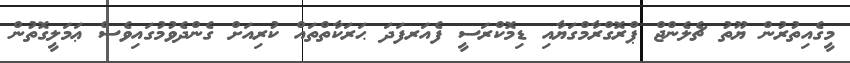
މީގެއިތުރުން ޔޫތު ޗެލެންޖް ޕްރޮގްރާމްގަޔާއި ޑިމޮކްރަސީ ފެއަރފަދަ ޙަރަކާތްތައް ކުރިއަށް ގެންދެވުމުގައިވެސް ޢަމަލީގޮތުން